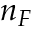
n _ { F }